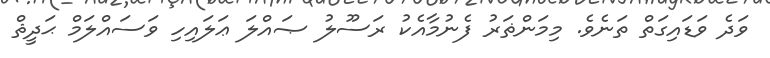
ވަދެ ވަޑައިގަތް ތަނެވެ. މިމަންޡަރު ފެނުމާއެކު ރަސޫލު ޞައްލަ ޢަލައިހި ވަސައްލަމް ޙަދީޘް